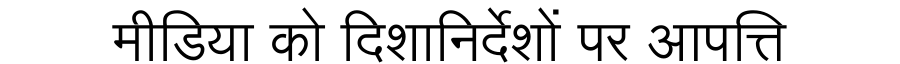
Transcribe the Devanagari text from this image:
मीडिया को दिशानिर्देशों पर आपत्ति